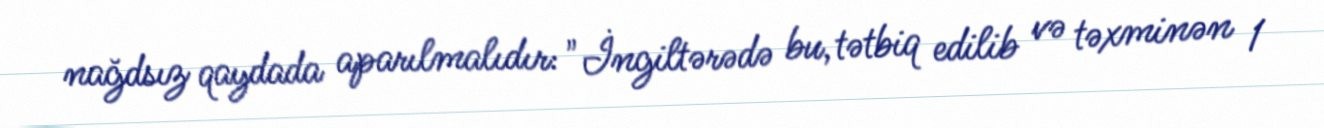
nağdsız qaydada aparılmalıdır: "İngiltərədə bu, tətbiq edilib və təxminən 1